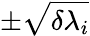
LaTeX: \pm\sqrt{\delta\lambda_{i}}